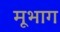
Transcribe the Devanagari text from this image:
मूभाग